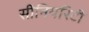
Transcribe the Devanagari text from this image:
सीनियरिटी